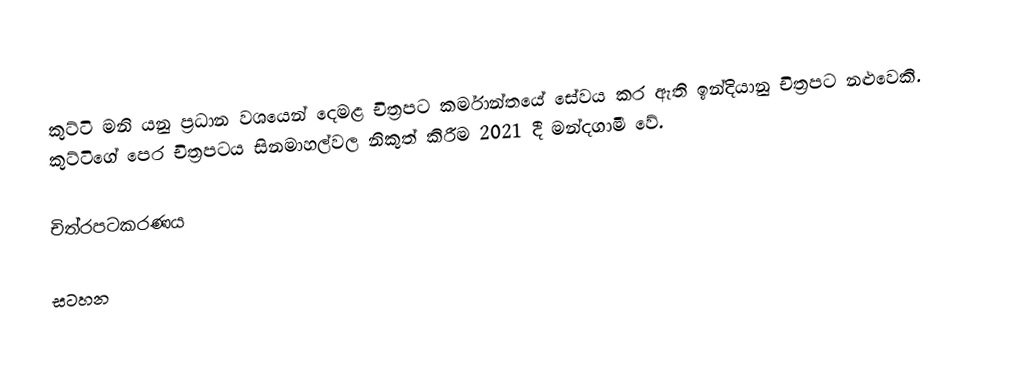
කුට්ටි මනි යනු ප්‍රධාන වශයෙන් දෙමළ චිත්‍රපට කර්මාන්තයේ සේවය කර ඇති ඉන්දියානු චිත්‍රපට නළුවෙකි. කුට්ටිගේ පෙර චිත්‍රපටය සිනමාහල්වල නිකුත් කිරීම 2021 දී මන්දගාමී වේ.

චිත්රපටකරණය

සටහන